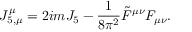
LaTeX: J _ { 5 , \mu } ^ { \mu } = 2 i m J _ { 5 } - \frac { 1 } { 8 \pi ^ { 2 } } \tilde { F } ^ { \mu \nu } F _ { \mu \nu } .